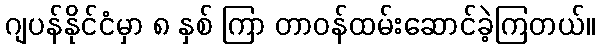
ဂျပန်နိုင်ငံမှာ ၈ နှစ် ကြာ တာဝန်ထမ်းဆောင်ခဲ့ကြတယ်။